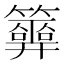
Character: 𥷂